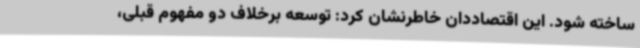
ساخته شود. این اقتصاددان خاطرنشان کرد: توسعه برخلاف دو مفهوم قبلی،